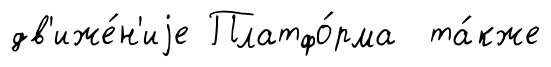
дв'иже́н'иjе Платфо́рма та́кже